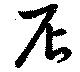
店